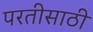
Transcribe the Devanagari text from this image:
परतीसाठी